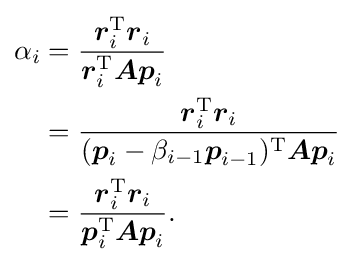
{\begin{aligned}\alpha _{i}&={\frac {{\boldsymbol {r}}_{i}^{\mathrm {T} }{\boldsymbol {r}}_{i}}{{\boldsymbol {r}}_{i}^{\mathrm {T} }{\boldsymbol {Ap}}_{i}}}\\&={\frac {{\boldsymbol {r}}_{i}^{\mathrm {T} }{\boldsymbol {r}}_{i}}{({\boldsymbol {p}}_{i}-\beta _{i-1}{\boldsymbol {p}}_{i-1})^{\mathrm {T} }{\boldsymbol {Ap}}_{i}}}\\&={\frac {{\boldsymbol {r}}_{i}^{\mathrm {T} }{\boldsymbol {r}}_{i}}{{\boldsymbol {p}}_{i}^{\mathrm {T} }{\boldsymbol {Ap}}_{i}}}{\text{.}}\end{aligned}}